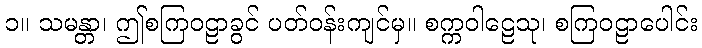
၁။ သမန္တာ၊ ဤစကြဝဠာခွင် ပတ်ဝန်းကျင်မှ။ စက္ကဝါဠေသု၊ စကြဝဠာပေါင်း